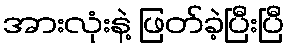
အားလုံးနဲ့ ဖြတ်ခဲ့ပြီးပြီ